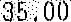
35.00